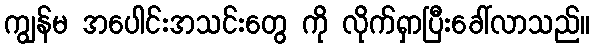
ကျွန်မ အပေါင်းအသင်းတွေ ကို လိုက်ရှာပြီးခေါ်လာသည်။